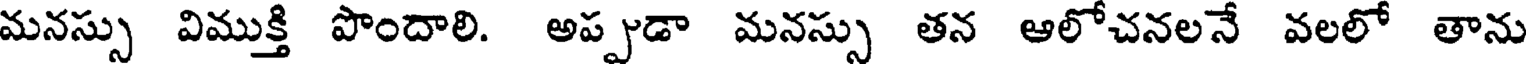
మనస్సు విముక్తి పొందాలి. అప్పుడా మనస్సు తన ఆలోచనలనే వలలో తాను